Leprosy in India: report of the Leprosy Commission in India, 1890-91
Year: 1890
Disease focus: Leprosy
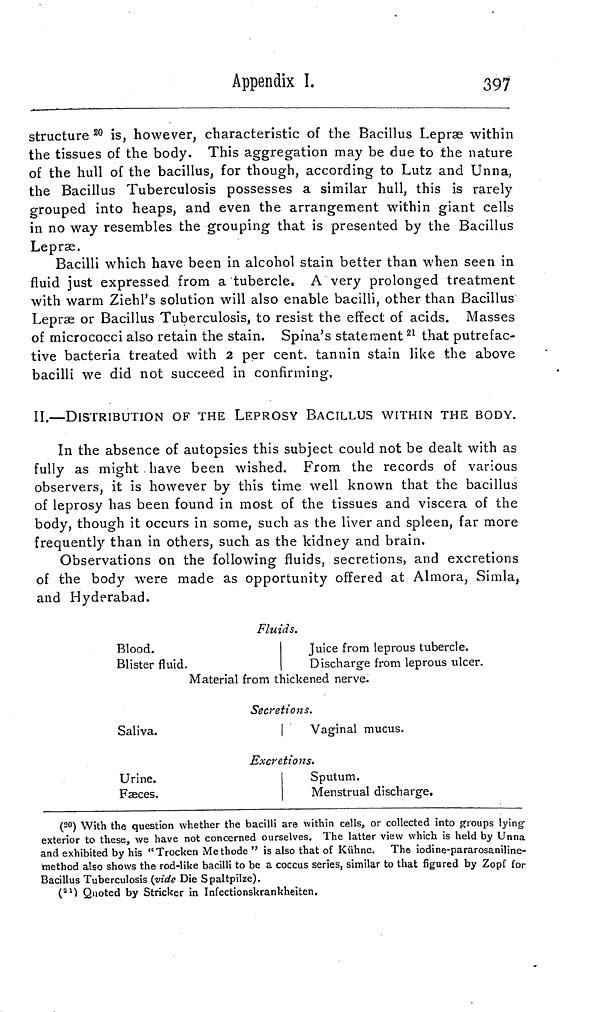
Appendix I.
397
structure 20 is, however, characteristic of the Bacillus Lepræ within
the tissues of the body. This aggregation may be due to the nature
of the hull of the bacillus, for though, according to Lutz and Unna,
the Bacillus Tuberculosis possesses a similar hull, this is rarely
grouped into heaps, and even the arrangement within giant cells
in no way resembles the grouping that is presented by the Bacillus
Lepræ.
Bacilli which have been in alcohol stain better than when seen in
fluid just expressed from a tubercle. A very prolonged treatment
with warm Ziehl's solution will also enable bacilli, other than Bacillus
Lepræ or Bacillus Tuberculosis, to resist the effect of acids. Masses
of micrococci also retain the stain. Spina's statement 21 that putrefac-
tive bacteria treated with 2 per cent. tannin stain like the above
bacilli we did not succeed in confirming.
II.—DISTRIBUTION OF THE LEPROSY BACILLUS WITHIN THE BODY.
In the absence of autopsies this subject could not be dealt with as
fully as might have been wished. From the records of various
observers, it is however by this time well known that the bacillus
of leprosy has been found in most of the tissues and viscera of the
body, though it occurs in some, such as the liver and spleen, far more
frequently than in others, such as the kidney and brain.
Observations on the following fluids, secretions, and excretions
of the body were made as opportunity offered at Almora, Simla,
and Hyderabad.
Fluids.
Blood.
Blister fluid.
Juice from leprous tubercle.
Discharge from leprous ulcer.
Material from thickened nerve.
Secretions.
Saliva.
Vaginal mucus.
Excretions.
Urine.
Faeces.
Sputum.
Menstrual discharge.
(20) With the question whether the bacilli are within cells, or collected into groups lying-
exterior to these, we have not concerned ourselves. The latter view which is held by Unna
and exhibited by his "Trocken Methode " is also that of Kühne. The iodine-pararosaniline-
method also shows the rod-like bacilli to be a coccus series, similar to that figured by Zopf for
Bacillus Tuberculosis (vide Die Spaltpilze).
( 21 ) Quoted by Stricker in Infectionskrankheiten.